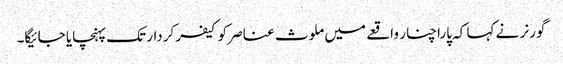
گورنر نے کہا کہ پاراچنار واقعے میں ملوث عناصر کو کیفر کردار تک پہنچایا جائیگا۔